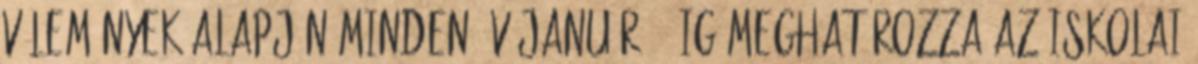
vélemények alapján minden év január 25-ig meghatározza az iskolai